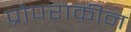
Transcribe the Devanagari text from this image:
प्रोपराकीन